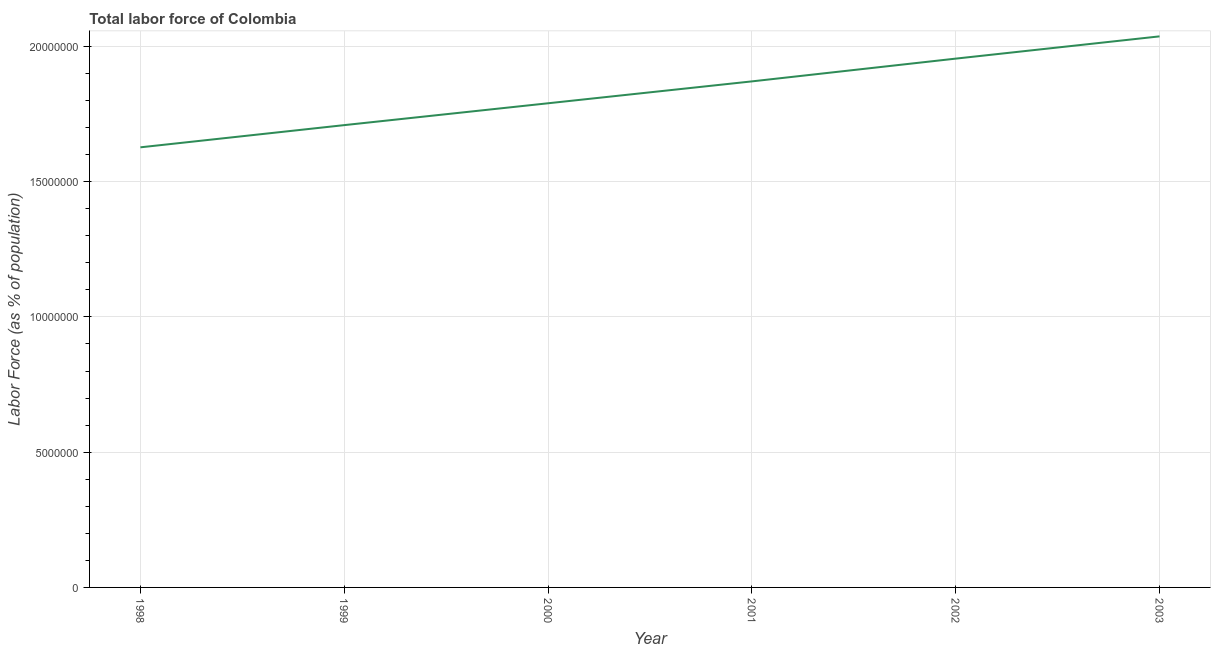
| Year | Labor force |
 | --- | --- |
 | 1998 | 1.63e+07 |
 | 1999 | 1.71e+07 |
 | 2000 | 1.79e+07 |
 | 2001 | 1.87e+07 |
 | 2002 | 1.95e+07 |
 | 2003 | 2.04e+07 |